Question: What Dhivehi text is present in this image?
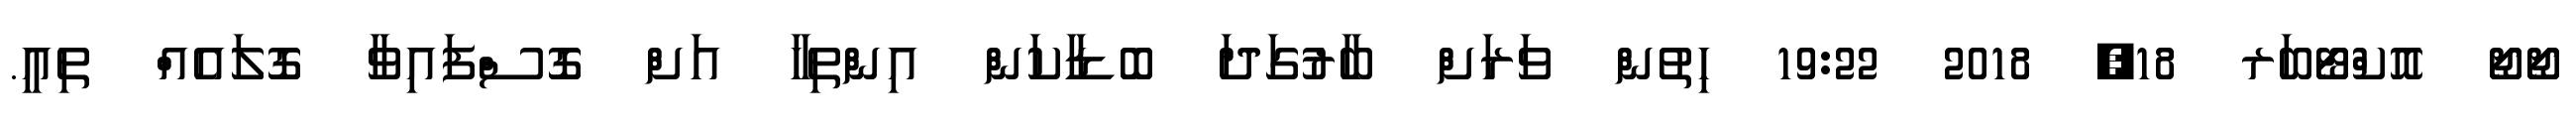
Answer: ޖޯޖޯ އޮކްޓޯބަރ 18, 2018 19:22 ހިތުން ވަރަށް ބާރުގަދަ ބޮޑާކަން އިންތިހާ އަށް ގޮސްފައިވާ ގޮލައެއް ތިއީ.